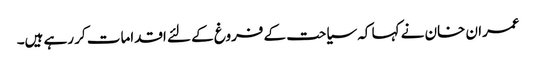
عمران خان نے کہا کہ سیاحت کے فروغ کے لئے اقدامات کر رہے ہیں۔